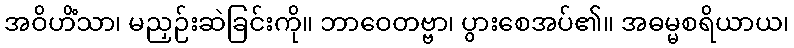
အဝိဟိံသာ၊ မညှဉ်းဆဲခြင်းကို။ ဘာဝေတဗ္ဗာ၊ ပွားစေအပ်၏။ အဓမ္မစရိယာယ၊